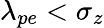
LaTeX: \lambda_{pe}<\sigma_{z}